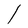
Character: l